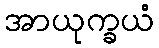
အာယုက္ခယံ